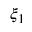
\xi _ { 1 }